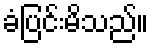
ခံပြင်းမိသည်။